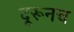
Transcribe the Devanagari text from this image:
दूरूनच